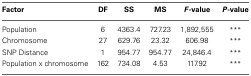
<table><thead><tr><td><b>Factor</b></td><td><b>DF</b></td><td><b>SS</b></td><td><b>MS</b></td><td><b><i>F</i>-value</b></td><td><b><i>P</i>-value</b></td></tr></thead><tbody><tr><td>Population</td><td>6</td><td>4363.4</td><td>727.23</td><td>1,892,555</td><td><sup>***</sup></td></tr><tr><td>Chromosome</td><td>27</td><td>629.76</td><td>23.32</td><td>606.98</td><td><sup>***</sup></td></tr><tr><td>SNP Distance</td><td>1</td><td>954.77</td><td>954.77</td><td>24,846.4</td><td><sup>***</sup></td></tr><tr><td>Population x chromosome</td><td>162</td><td>734.08</td><td>4.53</td><td>117.92</td><td><sup>***</sup></td></tr></tbody></table>